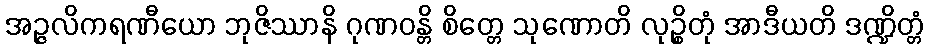
အဉ္ဇလိကရဏီယော ဘုဇိဿာနိ ဂုဏဝန္တိ စိတ္တေ သုဏောတိ လုဉ္စိတုံ အာဒီယတိ ဒဏ္ဍိတ္တံ